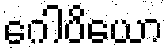
ဂေါပိယော